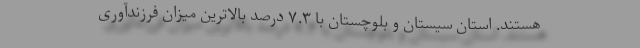
هستند. استان سیستان و بلوچستان با ۷.۳ درصد بالاترین میزان فرزندآوری